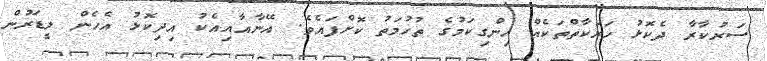
ސަރުކާރާ ދެކޮޅު ހަރަކާތްތަކެއް ހިންގިކަމުގެ ތުހުމަތު ކޮށްފައެވެ. އޭނާއާއިއެކު އިދިކޮޅު އެހެން ލީޑަރުން